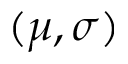
( \mu , \sigma )